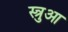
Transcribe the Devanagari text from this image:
स्त्रुआ